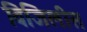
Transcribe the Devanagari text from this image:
विजिलीस